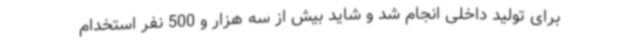
برای تولید داخلی انجام شد و شاید بیش از سه هزار و 500 نفر استخدام